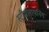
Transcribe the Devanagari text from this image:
स्ट्रीमलायनिंग